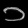
Digit: ၁